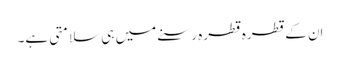
اِن کے قطرہ قطرہ رسنے میں ہی سلامتی ہے۔